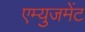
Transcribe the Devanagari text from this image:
एम्‍युजमेंट